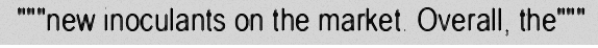
"""new inoculants on the market. Overall, the"""